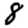
Digit: 8